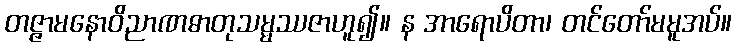
တဇ္ဇာမနောဝိညာဏဓာတုသမ္မဿဇာဟူ၍။ န အာရောပိတာ၊ တင်တော်မမူအပ်။